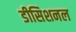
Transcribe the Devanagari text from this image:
डीसिशनल